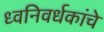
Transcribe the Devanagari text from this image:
ध्वनिवर्धकांचे